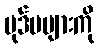
ပုဒ်မများကို